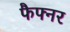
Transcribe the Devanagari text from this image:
फैफ्नर